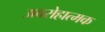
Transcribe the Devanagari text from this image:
अवरोहात्मक